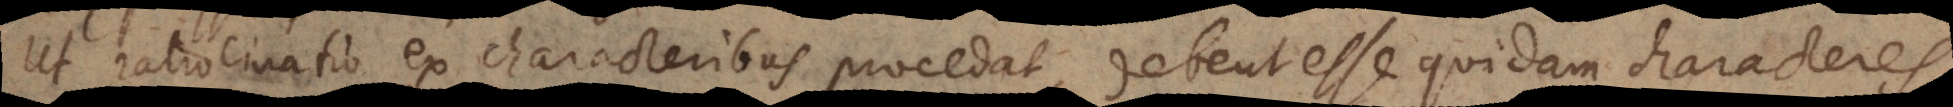
Ut ratiocinatio ex characteribus procedat, debent esse quidam characteres